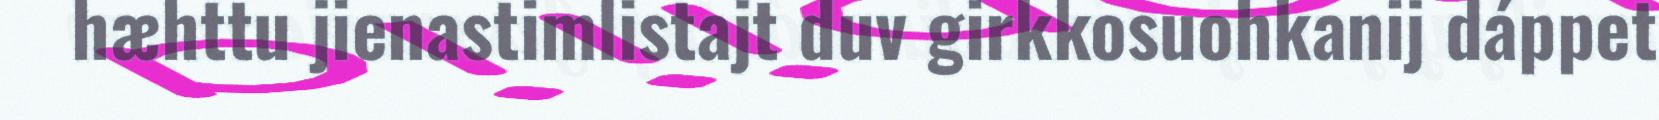
hæhttu jienastimlistajt duv girkkosuohkanij dáppet